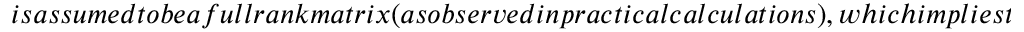
i s a s s u m e d t o b e a f u l l r a n k m a t r i x ( a s o b s e r v e d i n p r a c t i c a l c a l c u l a t i o n s ) , w h i c h i m p l i e s t h a t t h e d i m e n s i o n o f t h e b a t h e q u a l s